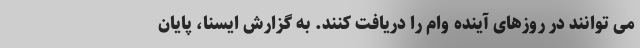
می توانند در روزهای آینده وام را دریافت کنند. به گزارش ایسنا، پایان